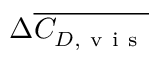
\Delta \overline { { C _ { D , \mathrm { ~ v ~ i ~ s ~ } } } }